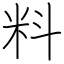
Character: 料